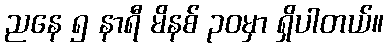
ညနေ ၅ နာရီ မိနစ် ၃၀မှာ ရှိပါတယ်။